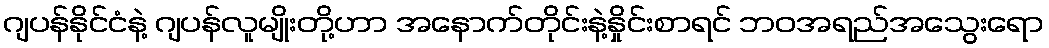
ဂျပန်နိုင်ငံနဲ့ ဂျပန်လူမျိုးတို့ဟာ အနောက်တိုင်းနဲ့နှိုင်းစာရင် ဘဝအရည်အသွေးရော